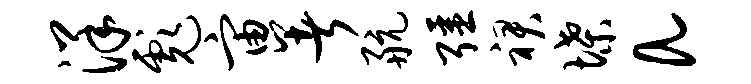
洋彪宙暑航强裙堞a